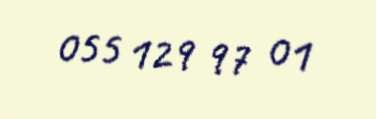
055 129 97 01